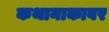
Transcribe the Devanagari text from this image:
कथानाकावर